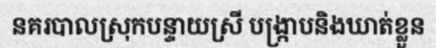
នគរបាលស្រុកបន្ទាយស្រី បង្ក្រាបនិងឃាត់ខ្លួន